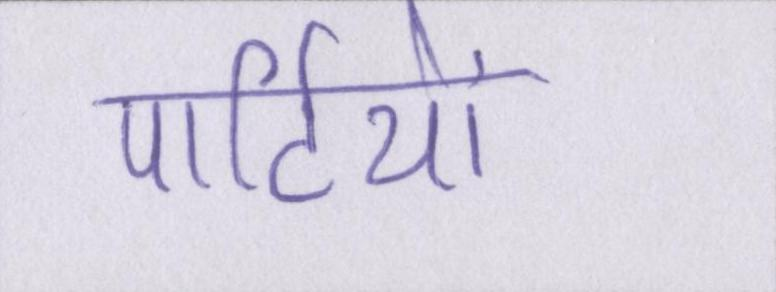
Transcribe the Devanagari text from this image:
पार्टियों